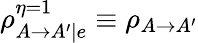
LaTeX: \rho_{A\rightarrow A^{\prime}|e}^{\eta=1}\equiv\rho_{A\rightarrow A^{\prime}}